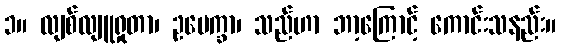
၁။ လျစ်လျူရှုတာ၊ ဥပေက္ခာ၊ သည်ဟာ ဘာ့ကြောင့် ကောင်းသနည်း။